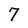
Character: 7